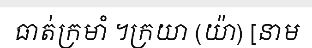
ធាត់ក្រមាំ ។ក្រយា (យ៉ា) [នាម